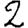
Digit: 2